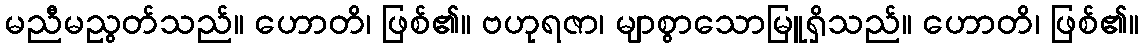
မညီမညွတ်သည်။ ဟောတိ၊ ဖြစ်၏။ ဗဟုရဇာ၊ မျာစွာသောမြူရှိသည်။ ဟောတိ၊ ဖြစ်၏။